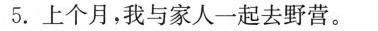
5.上个月，我与家人一起去野营。